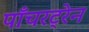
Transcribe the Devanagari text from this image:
पाँचरट्रेन